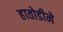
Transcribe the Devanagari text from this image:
हातोडीने